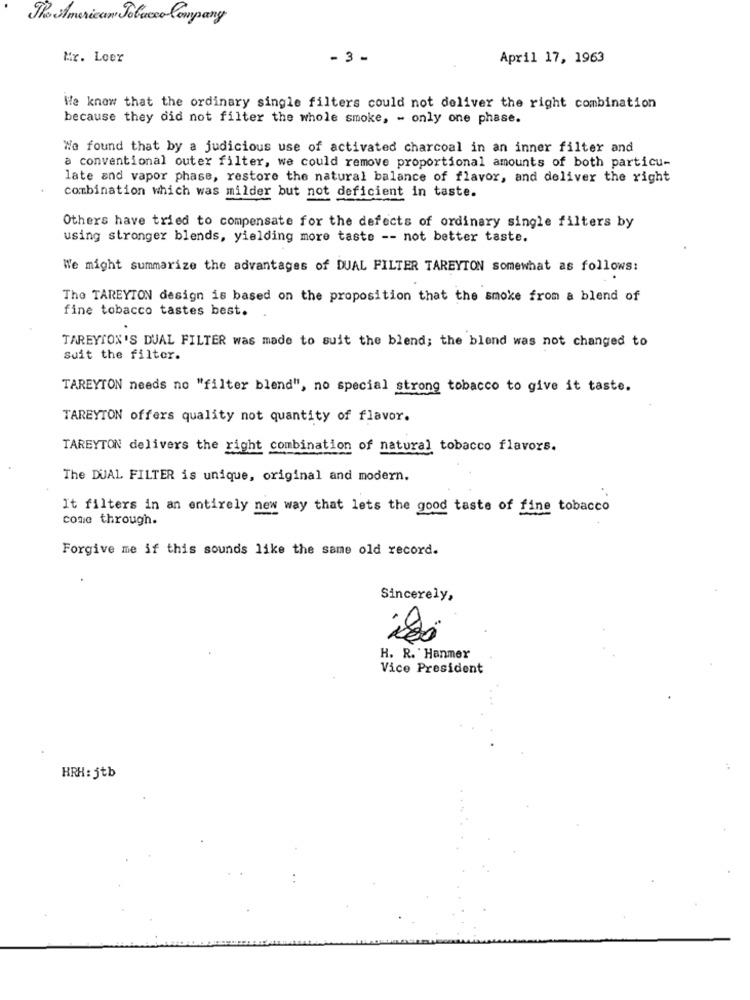
The American Tobacco Company
Mr. Loer
- 3 -
April 17, 1963
We know that the ordinary single filters could not deliver the right combination
because they did not filter the whole smoke, - only one phase.
We found that by a judicious use of activated charcoal in an inner filter and
a conventional outer filter, we could remove proportional amounts of both particu-
late and vapor phase, restore the natural balance of flavor, and deliver the right
combination which was milder but not deficient in taste.
Others have tried to compensate for the defects of ordinary single filters by
using stronger blends, yielding more taste -- not better taste.
We might summarize the advantages of DUAL FILTER TAREYTON somewhat as follows:
The TAREYTON design is based on the proposition that the smoke from a blend of
fine tobacco tastes best.
TAREYTON'S DUAL FILTER was made to suit the blend; the blend was not changed to
Suit the filter.
TAREYTON needs no "filter blend", no special strong tobacco to give it taste.
TAREYTON offers quality not quantity of flavor.
TAREYTON delivers the right combination of natural tobacco flavors.
The DUAL FILTER is unique, original and modern.
It filters in an entirely new way that lets the good taste of fine tobacco
come through.
Forgive me if this sounds like the same old record.
Sincerely,
H. R. Hanmer
Vice President
HRH: jtb